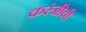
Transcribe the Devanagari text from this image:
करंजीची